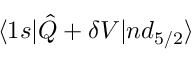
\langle 1 s | \hat { Q } + \delta V | n d _ { 5 / 2 } \rangle